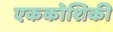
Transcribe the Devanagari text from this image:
एककोशिकी